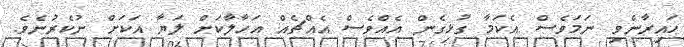
ހައިރާންވި ނަމަވެސް އެކަމާ ގުޅިގެން އެއްވެސް އެއްޗެއް އަހާލާކަށް ލަޔާ އަކަށް ނުކެރުނެވެ.